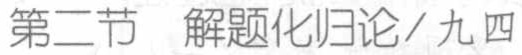
第二节  解题化归论/九四